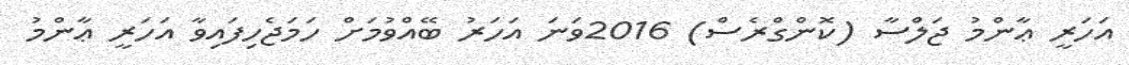
އަހަރީ ޢާންމު ޖަލްސާ (ކޮންގްރެސް) 2016ވަނަ އަހަރު ބޭއްވުމަށް ހަމަޖެހިފައިވާ އަހަރީ ޢާންމު